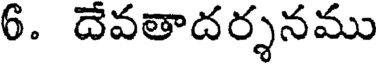
6. దేవతాదర్శనము